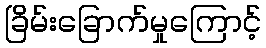
ခြိမ်းခြောက်မှုကြောင့်